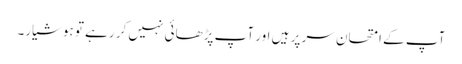
آپ کے امتحان سر پر ہیں اور آپ پڑھائی نہیں کر رہے تو ہوشیار۔